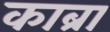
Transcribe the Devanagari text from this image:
काब्रा